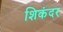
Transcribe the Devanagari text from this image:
शिकंदर